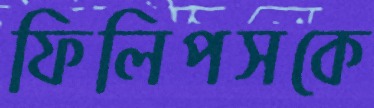
ফিলিপসকে